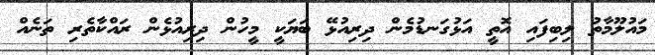
މައުލޫމާތު ލިބިފައި އޮތީ އަޅުގަނޑުމެން ދިރިއުޅޭ ބަޔަކީ މީހުން ދިރިއުޅެން ރައްކާތެރި ތަނެއް